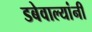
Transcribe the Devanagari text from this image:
डबेवाल्यांनी